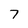
Character: 7